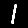
Digit: 1